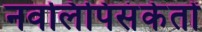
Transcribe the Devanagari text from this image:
नवलिपिसंकेतों